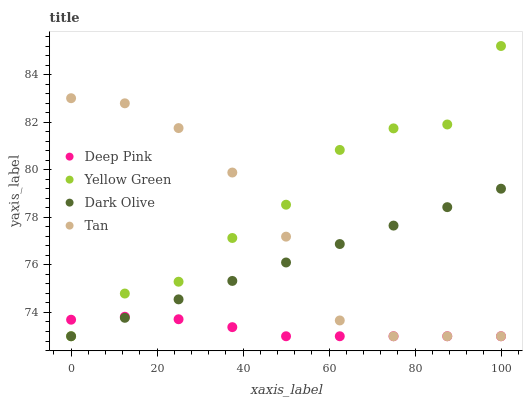
| xaxis_label | Deep Pink | Yellow Green | Dark Olive | Tan |
 | --- | --- | --- | --- | --- |
 | 0 | 73.7 | 73 | 73 | 83 |
 | 12.5 | 73.8 | 74.8 | 73.8 | 82.8 |
 | 25 | 73.7 | 75.3 | 74.6 | 81.8 |
 | 37.5 | 73.4 | 77.1 | 75.3 | 79.9 |
 | 50 | 73 | 78.5 | 76.1 | 77.2 |
 | 62.5 | 73 | 80.8 | 76.9 | 73.7 |
 | 75 | 73 | 81.7 | 77.7 | 73 |
 | 87.5 | 73 | 81.9 | 78.4 | 73 |
 | 100 | 73 | 85.2 | 79.2 | 73 |